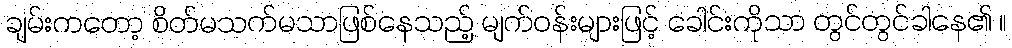
ချမ်းကတော့ စိတ်မသက်မသာဖြစ်နေသည့် မျက်ဝန်းများဖြင့် ခေါင်းကိုသာ တွင်တွင်ခါနေ၏ ။